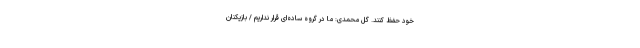
خود حفظ کنند. گل محمدی: ما در گروه ساده‌ای قرار نداریم / بازیکنان